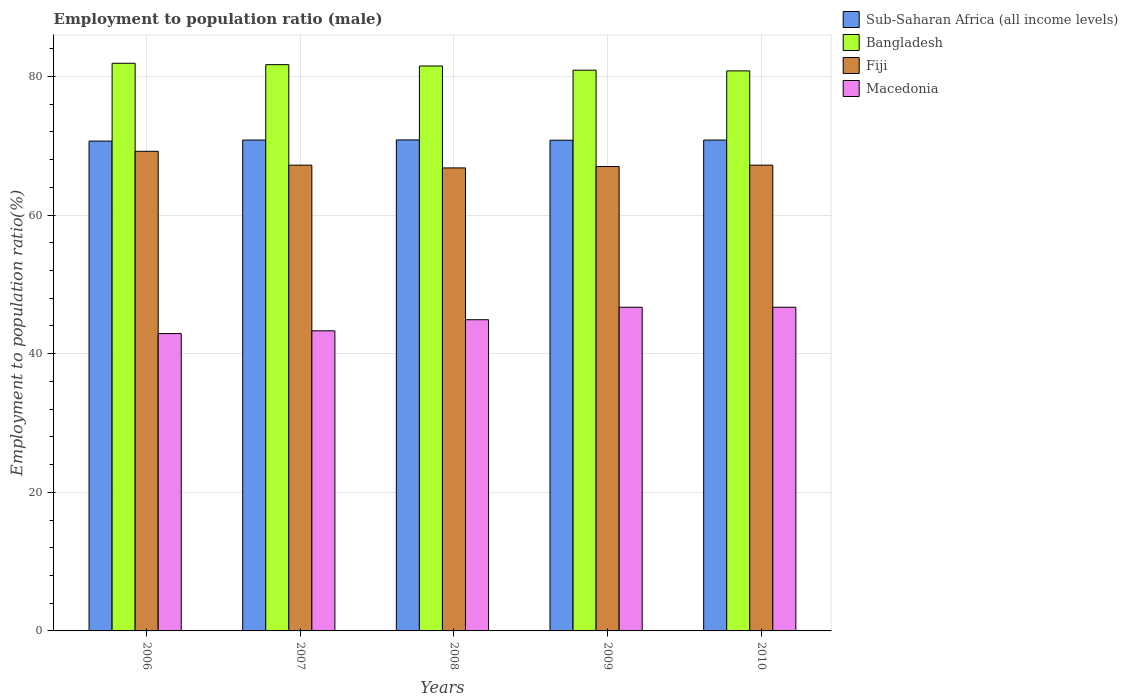
| Years | Sub-Saharan Africa (all income levels) | Bangladesh | Fiji | Macedonia |
 | --- | --- | --- | --- | --- |
 | 2006 | 70.7 | 81.9 | 69.2 | 42.9 |
 | 2007 | 70.8 | 81.7 | 67.2 | 43.3 |
 | 2008 | 70.8 | 81.5 | 66.8 | 44.9 |
 | 2009 | 70.8 | 80.9 | 67 | 46.7 |
 | 2010 | 70.8 | 80.8 | 67.2 | 46.7 |